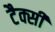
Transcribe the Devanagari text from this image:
टैक्सी